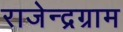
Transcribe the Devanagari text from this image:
राजेन्द्रग्राम